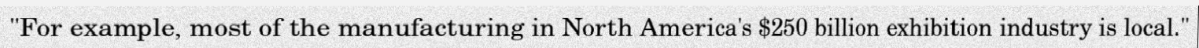
"For example, most of the manufacturing in North America's $250 billion exhibition industry is local."